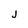
Character: j